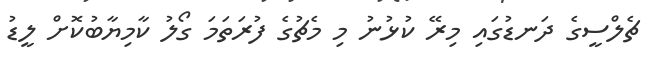
ޗެލްސީގެ ދަނޑުގައި މިރޭ ކުޅުނު މި މެޗުގެ ފުރަތަމަ ގޯލު ކާމިޔާބުކޮށް ލީޑު